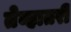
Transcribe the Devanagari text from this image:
तेव्हातरी